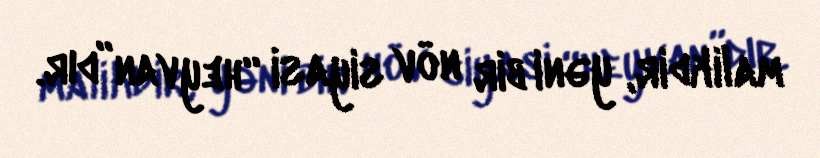
malikdir, yəni bir növ siyasi “heyvan”dır.